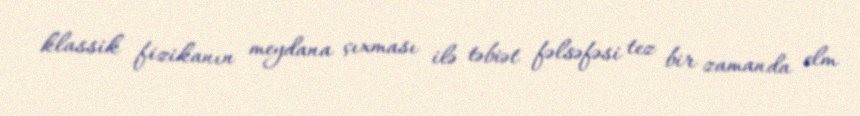
klassik fizikanın meydana çıxması ilə təbiət fəlsəfəsi tez bir zamanda elm